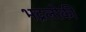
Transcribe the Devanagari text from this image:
भद्रलोकी